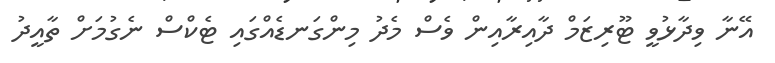
އޭނާ ވިދާޅުވީ ޓޫރިޒަމް ދާއިރާއިން ވެސް މެދު މިންގަނޑެއްގައި ޓެކްސް ނެގުމަށް ތާއީދު